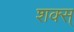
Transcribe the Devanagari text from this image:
शक्स्